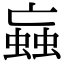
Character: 蝱